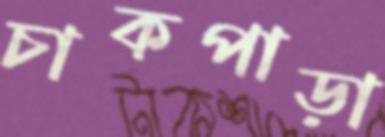
চাকপাড়া